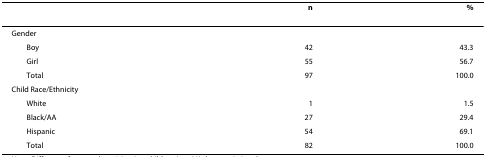
<table><thead><tr><td></td><td><b>n</b></td><td><b>%</b></td></tr></thead><tbody><tr><td>Gender</td><td></td><td></td></tr><tr><td> Boy</td><td>42</td><td>43.3</td></tr><tr><td> Girl</td><td>55</td><td>56.7</td></tr><tr><td> Total</td><td>97</td><td>100.0</td></tr><tr><td>Child Race/Ethnicity</td><td></td><td></td></tr><tr><td> White</td><td>1</td><td>1.5</td></tr><tr><td> Black/AA</td><td>27</td><td>29.4</td></tr><tr><td> Hispanic</td><td>54</td><td>69.1</td></tr><tr><td> Total</td><td>82</td><td>100.0</td></tr></tbody></table>